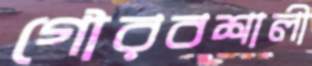
গৌরবশালী